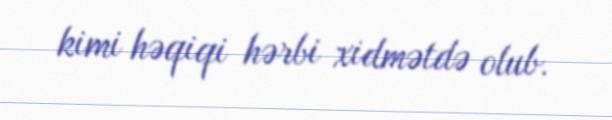
kimi həqiqi hərbi xidmətdə olub.